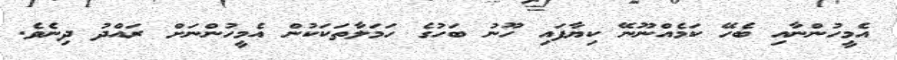
އެމީހުންނާއި ބެހޭ ކަމެއްނޫނޭ ކިޔާފައި ހޫނު ބަހުގެ ހަމަލާތަކަކުން އެމީހުންނަށް ރައްދު ދިނެވެ.